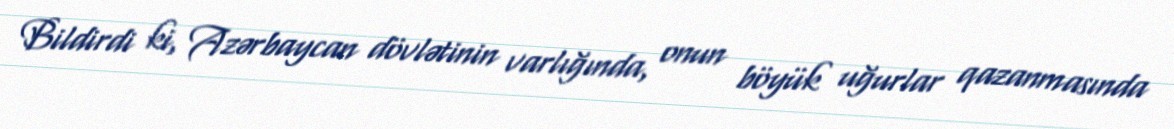
Bildirdi ki, Azərbaycan dövlətinin varlığında, onun böyük uğurlar qazanmasında